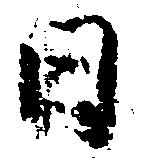
日